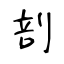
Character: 剖